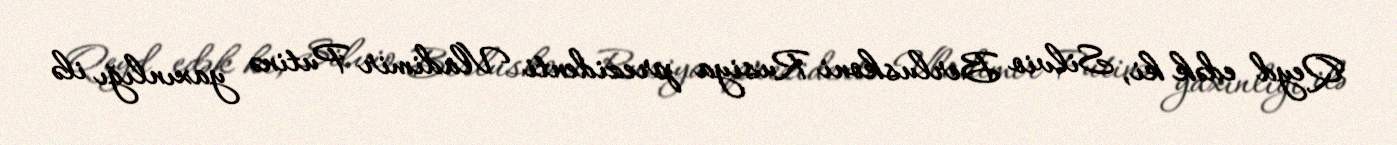
Qeyd edək ki, Silvio Berluskoni Rusiya prezidenti Vladimir Putinə yaxınlığı ilə